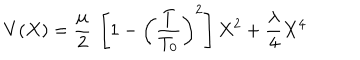
V ( X ) = { \frac { \mu } { 2 } } ~ \left[ 1 - \left( { \frac { T } { T _ { 0 } } } \right) ^ { 2 } \right] X ^ { 2 } + { \frac { \lambda } { 4 } } X ^ { 4 }